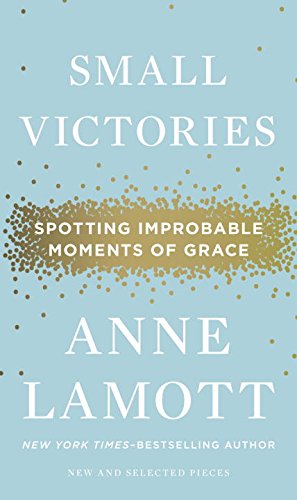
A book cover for Small Victories: Spotting Improbable Moments of Grace; Anne Lamott; Literature & Fiction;